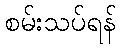
စမ်းသပ်ရန်